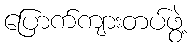
ပြောက်ကျားတပ်ဖွဲ့